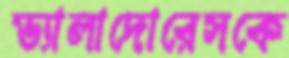
ভ্যালাদোরেসকে